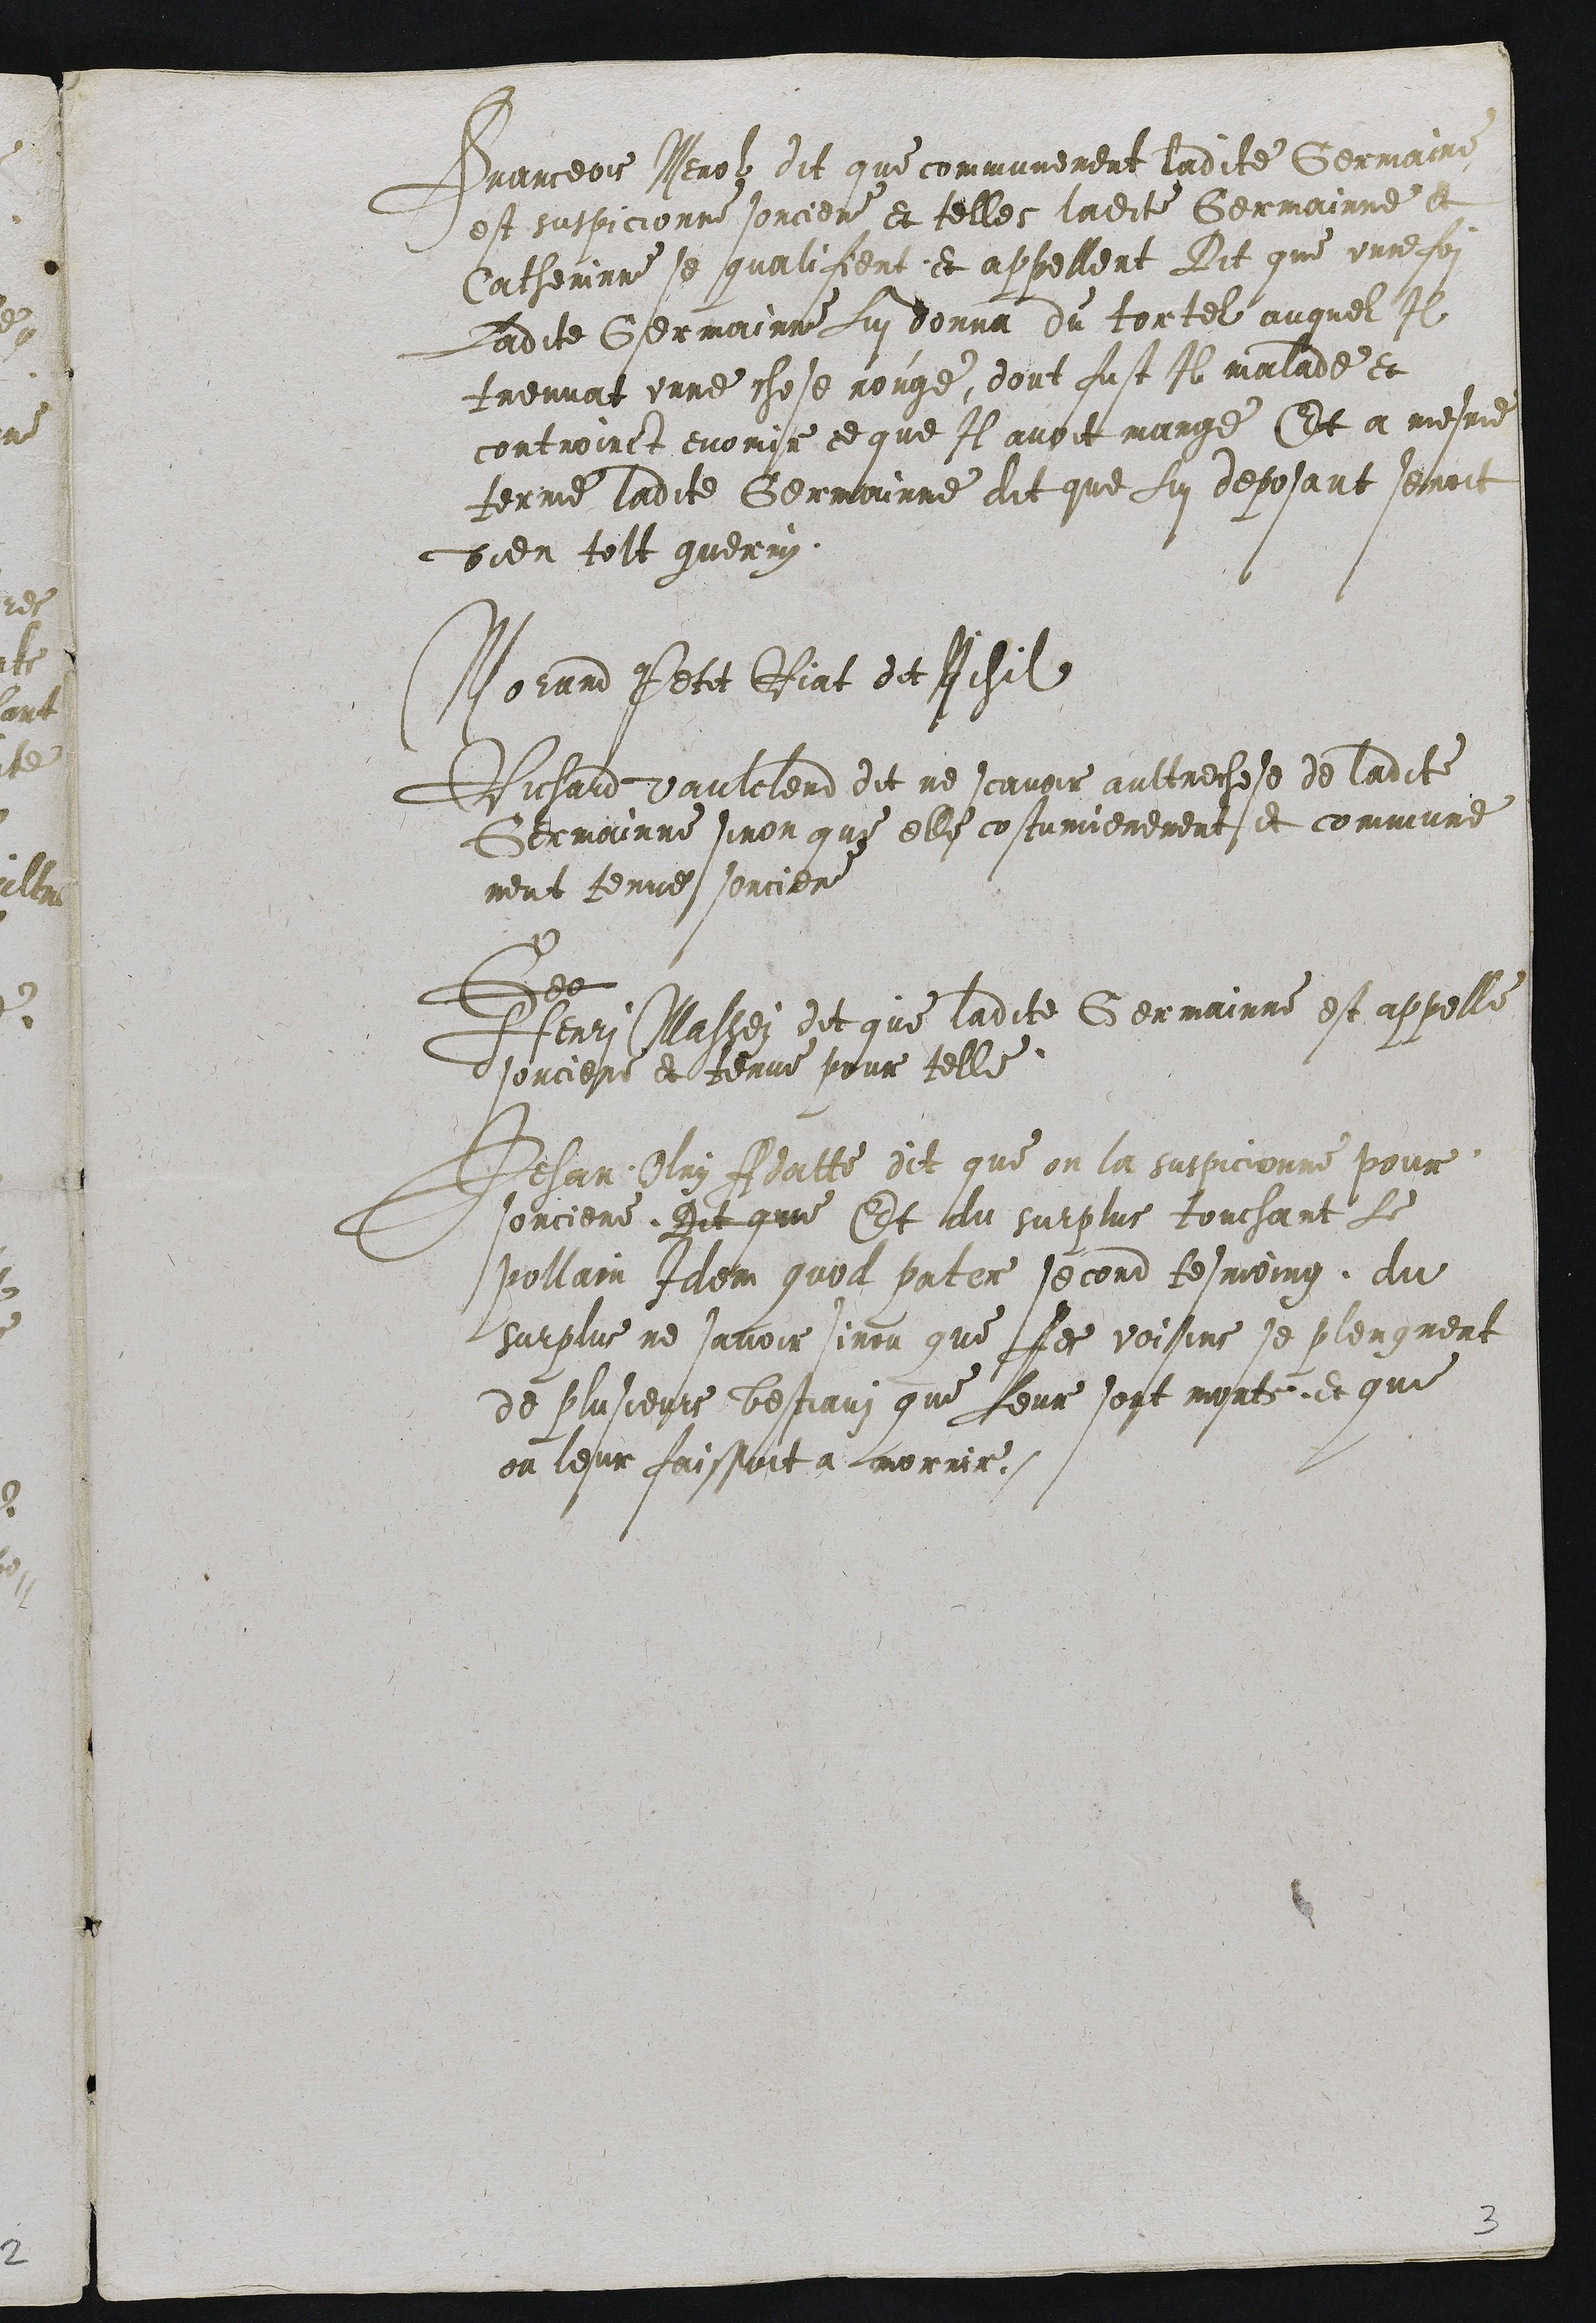
Franceois Merolz dit que communement ladite Germaine
est suspicionne sorciere et telles ladite Germainne et
Catherinne se qualifient et appellent Dit que unne foi
Ladite Germainne Lui donna du tortel auquel Il
treuvat unne chose rouge, dont fust Il malade et
controinct enomir ce que Il avoit mange Et a mesme
terme ladite Germainne dit que Lui deposant seoit
bien tolt guerry.

Morand Petit Riat dit Nchil
Richard vaulclerd dit ne scavoir aultrechese de ladite
Germainne sinon que elle costumierement et commune
ment tenue sorciere
Ges
Henri Massei dit que ladite Germainne est appelle
dsorciere et tenue pour telle
Jehan Ory Adatte dit que on la suspicionne pour
sorciere. Dit que Et du surplus touchant Le
pollain Iiem quol pater second tesmoing, du
surplus ne savoir sinon que Les voisins se plergnent
de plusieurs bestiauz que Leur sont morts et que
on leur faissoit a corrir.

2